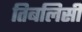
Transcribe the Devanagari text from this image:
तिबलिसी